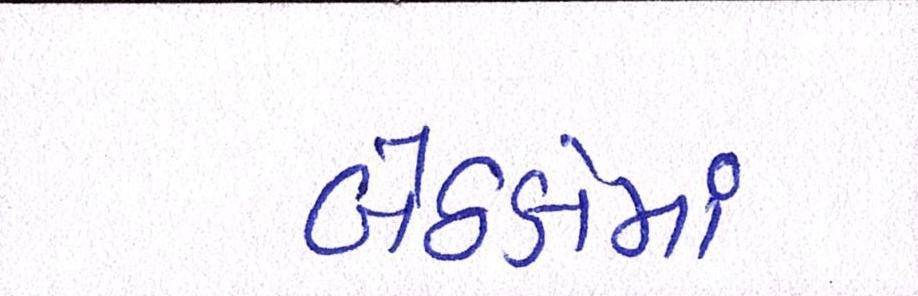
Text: બેઠકોમાં